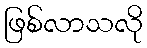
ဖြစ်လာသလို